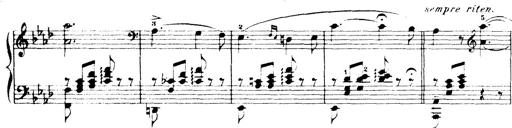
Title: Wagner-Liszt Album
Composer: Franz Liszt